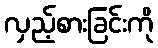
လှည့်စားခြင်းကို